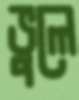
ভুলে